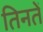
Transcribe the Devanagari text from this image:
तिनतें